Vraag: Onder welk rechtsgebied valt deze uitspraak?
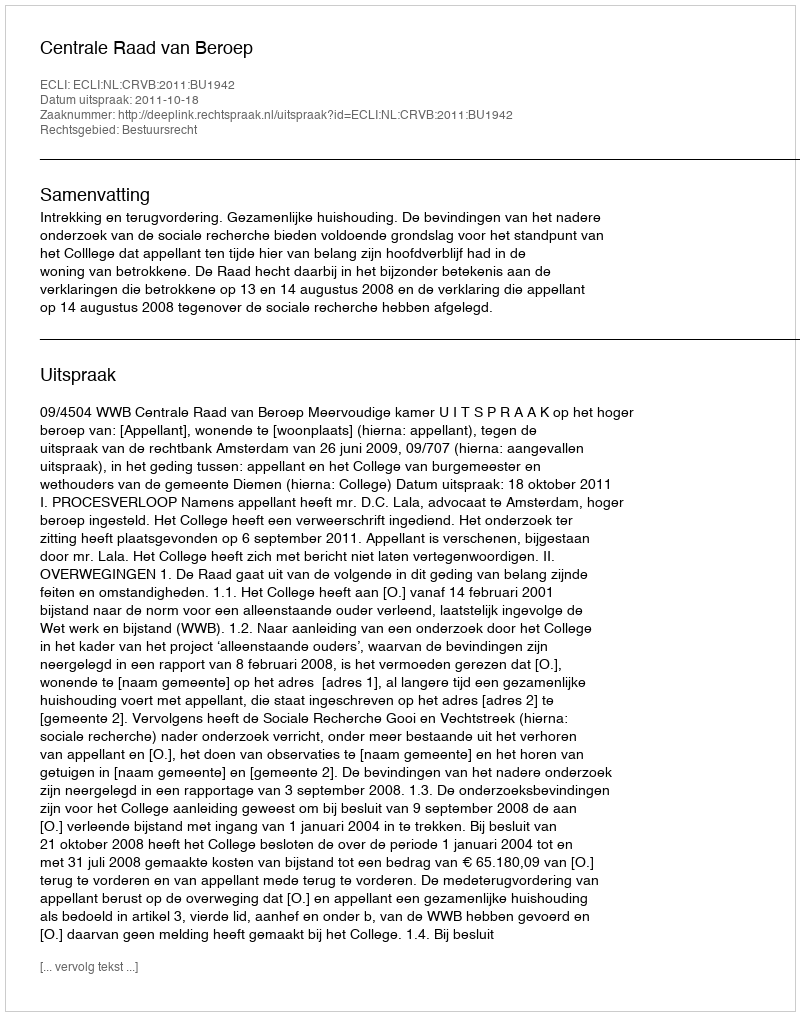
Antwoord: Bestuursrecht